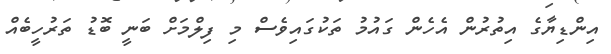
އިންޑިޔާގެ އިތުރުން އެހެން ގައުމު ތަކުގައިވެސް މި ފިލްމަށް ބަނީ ބޮޑު ތަރުހީބެއް